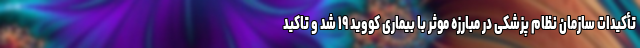
تأکیدات سازمان نظام پزشکی در مبارزه موثر با بیماری کووید ۱۹ شد و تاکید